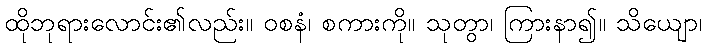
ထိုဘုရားလောင်း၏လည်း။ ဝစနံ၊ စကားကို။ သုတွာ၊ ကြားနာ၍။ သိယျော၊